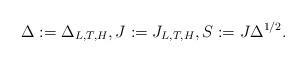
LaTeX: \begin{align*}\Delta := \Delta_{L,T,H},J:=J_{L,T,H},S:=J\Delta^{1/2}.\end{align*}